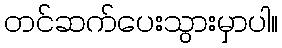
တင်ဆက်ပေးသွားမှာပါ။